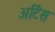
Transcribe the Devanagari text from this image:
अर्टिस